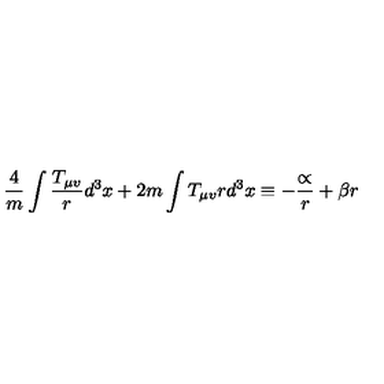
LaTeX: \frac { 4 } { m } \int \frac { T _ { \mu v } } { r } d ^ { 3 } x + 2 m \int T _ { \mu v } r d ^ { 3 } x \equiv - \frac { \propto } { r } + \beta r